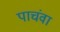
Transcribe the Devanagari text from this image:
पाचंवा